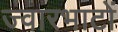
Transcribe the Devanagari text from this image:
ज्वारभाटों